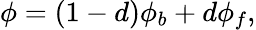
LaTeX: \begin{array}{r}{\phi=(1-d)\phi_{b}+d\phi_{f},}\end{array}